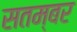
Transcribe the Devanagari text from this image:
सतम्बर